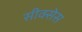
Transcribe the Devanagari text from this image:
सीक्सेस